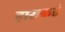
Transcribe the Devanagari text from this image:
हाराकडे